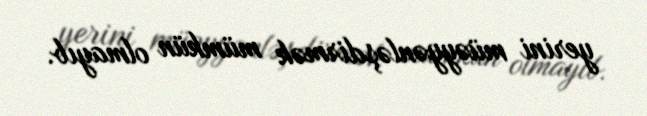
yerini müəyyənləşdirmək mümkün olmayıb.